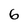
Character: 6